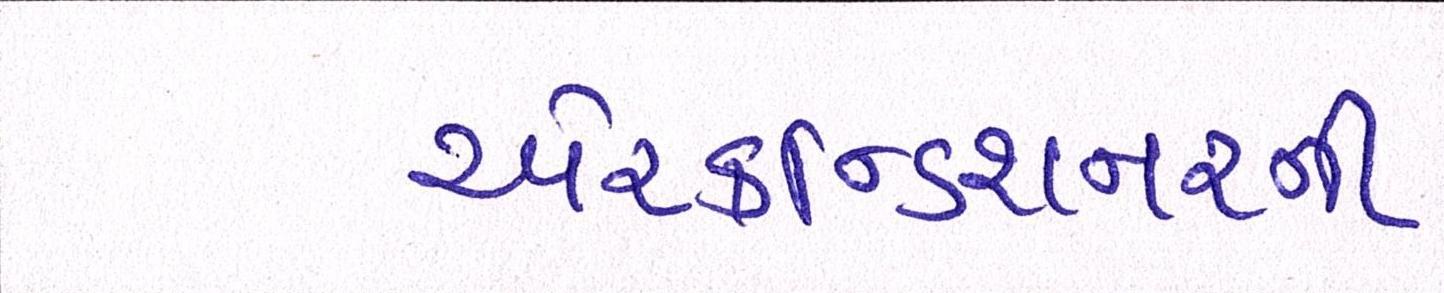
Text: એરકન્ડિશનરની